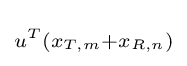
\scriptstyle u^{T}(x_{T,m}+x_{R,n})